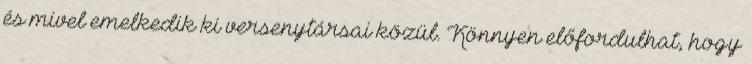
és mivel emelkedik ki versenytársai közül. Könnyen előfordulhat, hogy